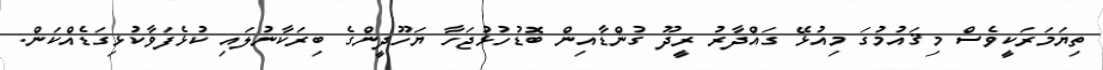
ތިޔަމަރަކީވެސް މިޤައުމުގަ މިއުޅޭ ގައްދާރު ރީދޫ ގުންޑާއިން ބޮޑުހުޅުޖަހާ ޔަހޫދީންގެ ބިރަކާނުލައި ކުޅެފަވާކުޅިގަޑެއްކަން.